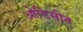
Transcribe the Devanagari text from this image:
ओडिसीत